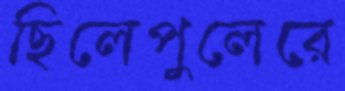
ছিলেপুলেরে